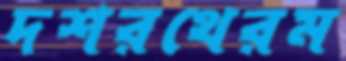
দশরথেরম